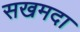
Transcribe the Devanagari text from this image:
सखमदा